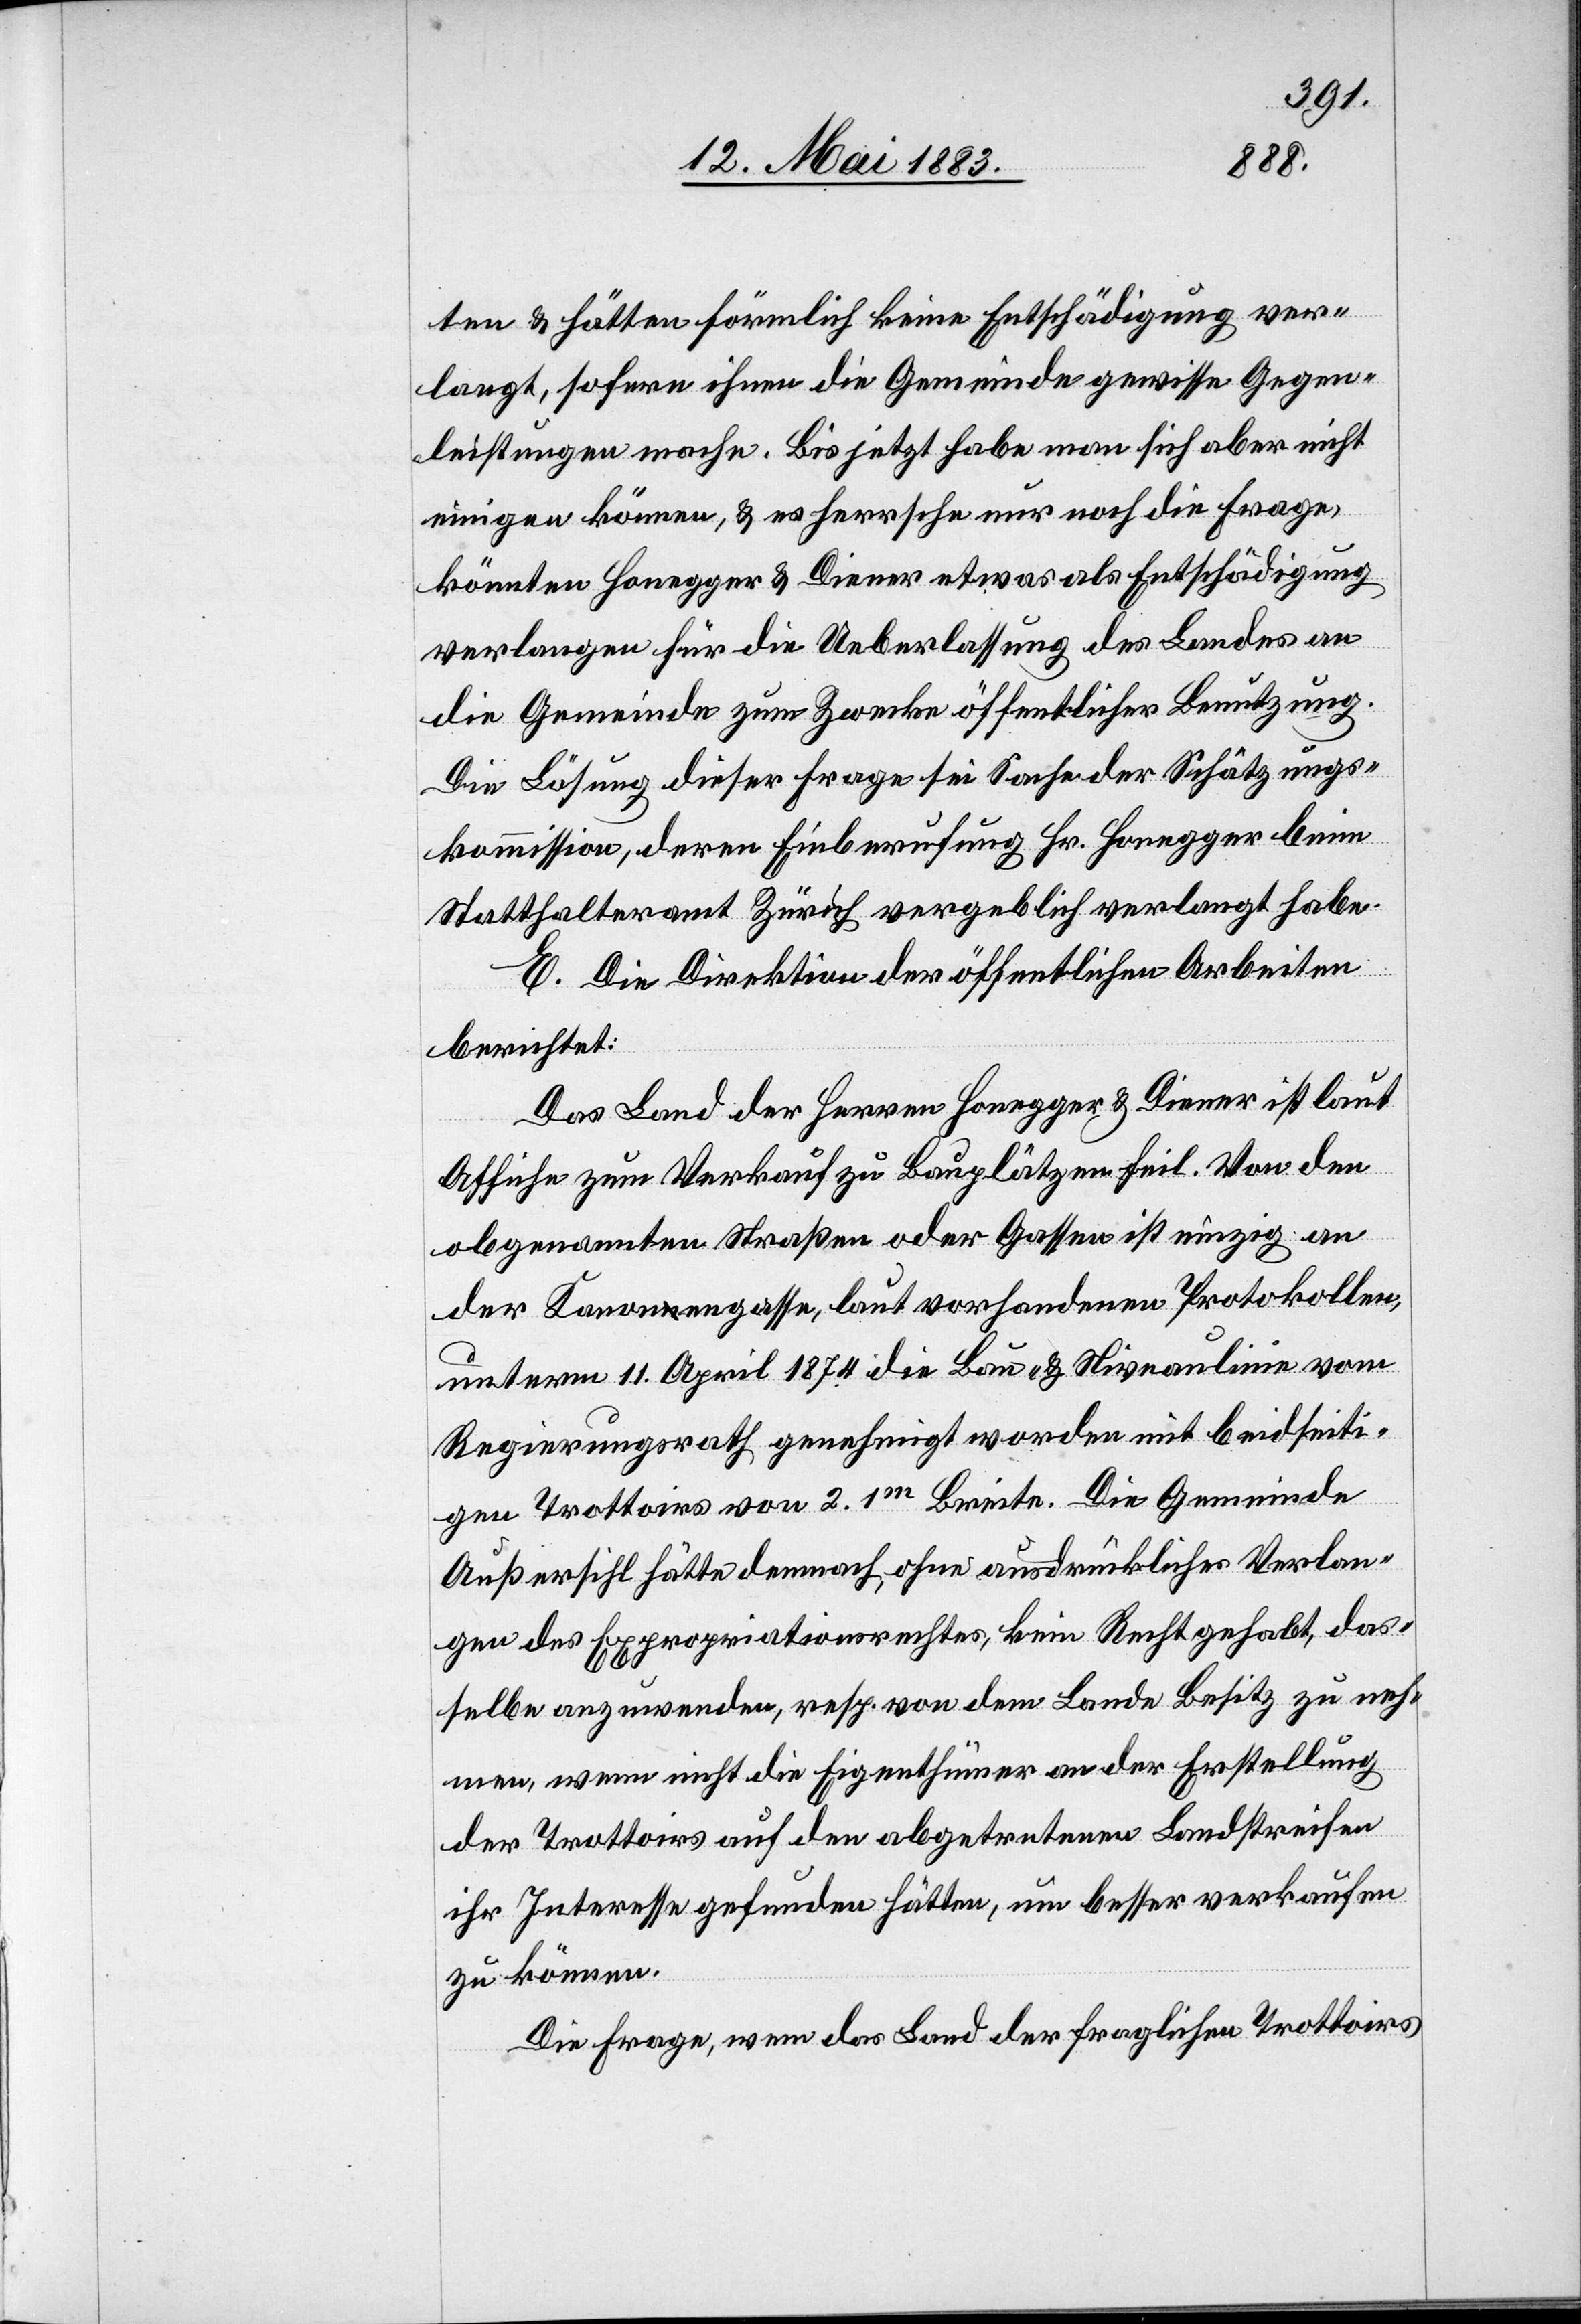
ten & hätten förmlich keine Entschädigung ver¬
langt, sofern ihnen die Gemeinde gewisse Gegen¬
leistungen mache. Bis jetzt habe man sich aber nicht
einigen können, & es herrsche nur noch die Frage,
könnten Honegger & Diener etwas als Entschädigung
verlangen für die Ueberlassung des Landes an
die Gemeinde zum Zwecke öffentlicher Benutzung.
Die Lösung dieser Frage sei Sache der Schätzungs¬
kommission, deren Einberufung Hr. Honegger beim
Statthalteramt Zürich vergeblich verlangt habe.
E. Die Direktion der öffentlichen Arbeiten
berichtet:
Das Land der Herren Honegger & Diener ist laut
Affiche zum Verkauf zu Bauplätzen feil. Von den
obgenannten Straßen oder Gassen ist einzig an
der Kanonengasse, laut vorhandenen Protokollen,
unterm 11. April 1874 die Bau- & Niveaulinie vom
Regierungsrath genehmigt worden mit beidseiti¬
gen Trottoirs von 2.1m Breite. Die Gemeinde
Außersihl hätte demnach ohne ausdrückliches Verlan¬
gen des Expropriationsrechtes, kein Recht gehabt, das¬
selbe anzuwenden, resp. von dem Lande Besitz zu neh¬
men, wenn nicht die Eigenthümer an der Erstellung
der Trottoirs auf den abgetretenen Landstreifen
ihr Interesse gefunden hätten, um besser verkaufen
zu können.
Die Frage, wenn das Land der fraglichen Trottoirs